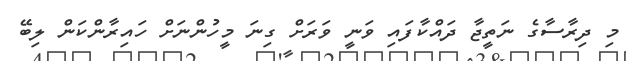
މި ދިރާސާގެ ނަތީޖާ ދައްކާފައި ވަނީ ވަރަށް ގިނަ މީހުންނަށް ހައިރާންކަން ލިބޭ